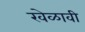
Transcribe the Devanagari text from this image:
खेळावी